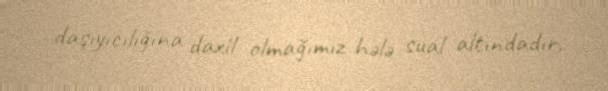
daşıyıcılığına daxil olmağımız hələ sual altındadır.